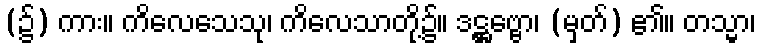
(၌) ကား။ ကိလေသေသု၊ ကိလေသာတို့၌။ ဒဋ္ဌဗ္ဗော၊ (မှတ်) ၏။ တသ္မာ၊